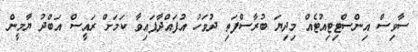
ސާވިސް އިންސްޓިޓިއުޓެއް މިދިޔަ ބުރާސްފަތި ދުވަހު އުފައްދާފައިވާ ކަމަށް ރައީސް އަބްދު ޔާމީން